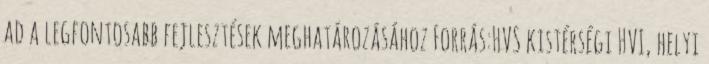
ad a legfontosabb fejlesztések meghatározásához Forrás:HVS kistérségi HVI, helyi